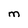
Character: M